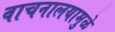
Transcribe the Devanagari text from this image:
वाचनालयामुळे